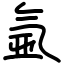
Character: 氩